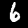
Label: 6